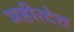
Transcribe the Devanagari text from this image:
अहीरदेश